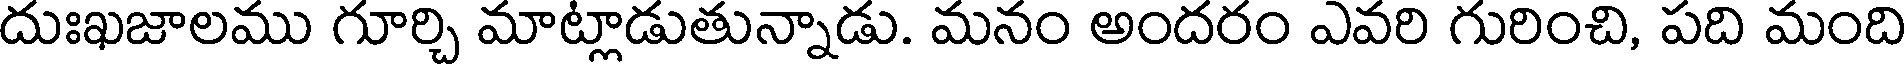
దుఃఖజాలము గూర్చి మాట్లాడుతున్నాడు. మనం అందరం ఎవరి గురించి, పది మంది